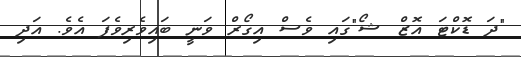
"ދަ ޑޮކްޓަ އޮޒް ޝޯ"ގައި ވެސް އިގޯރް ވަނީ ބައިވެރިވެފަ އެވެ. އަދި